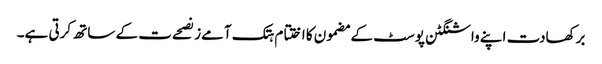
برکھادت اپنے واشنگٹن پوسٹ کے مضمون کا اختتام ہتک آمےز نصحےت کے ساتھ کرتی ہے۔